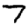
Digit: 7